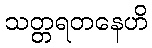
သတ္တရတနေဟိ